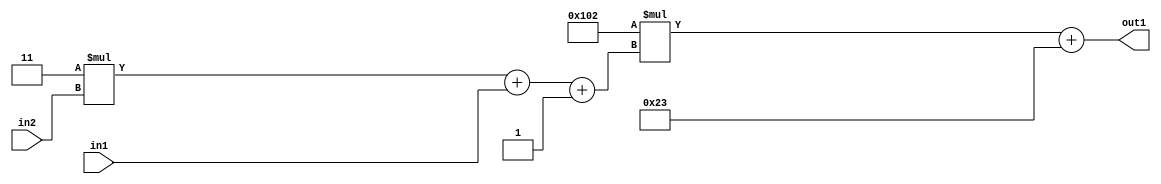
`timescale 1ps / 1ps
/*****************************************************************************
    Verilog RTL Description
    
    
    Created by: Stratus DpOpt 2019.1.01 
*******************************************************************************/

module DC_Filter_Add2i35Mul2i258Add3i1u1Mul2i3u2_4 (
	in2,
	in1,
	out1
	); /* architecture "behavioural" */ 
input [1:0] in2;
input  in1;
output [11:0] out1;
wire [11:0] asc001;
wire [3:0] asc002;

wire [3:0] asc002_tmp_0;
wire [3:0] asc002_tmp_1;
assign asc002_tmp_1 = 
	+(4'B0011 * in2);
assign asc002_tmp_0 = asc002_tmp_1
	+(in1);
assign asc002 = asc002_tmp_0
	+(4'B0001);

wire [11:0] asc001_tmp_2;
assign asc001_tmp_2 = 
	+(12'B000100000010 * asc002);
assign asc001 = asc001_tmp_2
	+(12'B000000100011);

assign out1 = asc001;
endmodule

/* CADENCE  vrP4TwE= : u9/ySgnWtBlWxVPRXgAZ4Og= ** DO NOT EDIT THIS LINE ******/